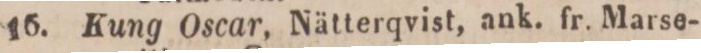
16.    Kung Oscar, Nätterqvist, ank. fr. Marse-